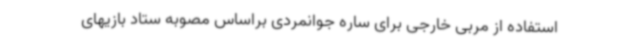
استفاده از مربی خارجی برای ساره جوانمردی براساس مصوبه ستاد بازیهای